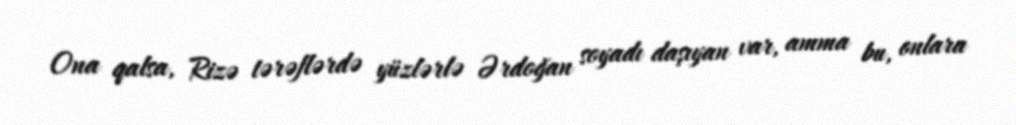
Ona qalsa, Rizə tərəflərdə yüzlərlə Ərdoğan soyadı daşıyan var, amma bu, onlara